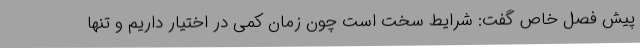
پیش فصل خاص گفت: شرایط سخت است چون زمان کمی در اختیار داریم و تنها